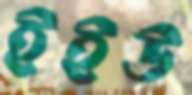
ইইউ